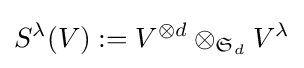
S^{\lambda }(V):=V^{\otimes d}\otimes _{{\mathfrak {S}}_{d}}V^{\lambda }